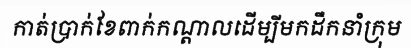
កាត់ប្រាក់ខែពាក់កណ្តាលដើម្បីមកដឹកនាំក្រុម